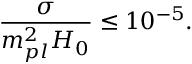
\frac { \sigma } { m _ { p l } ^ { 2 } H _ { 0 } } \leq 1 0 ^ { - 5 } .